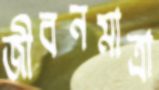
জীবনমাত্রা